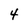
Character: 4